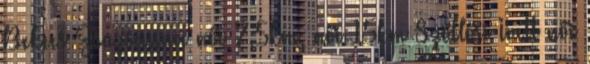
Bekecs Zsuzsanna női 7,5km, női 15km Szöllősi Ivett női